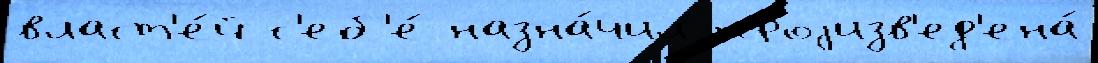
власт'е́й с'еб'е́ назна́чил проjизв'ед'ена́